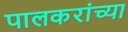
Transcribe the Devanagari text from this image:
पालकरांच्या